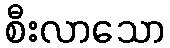
စီးလာသော